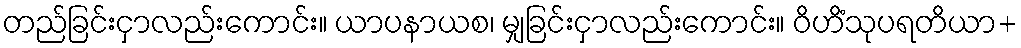
တည်ခြင်းငှာလည်းကောင်း။ ယာပနာယစ၊ မျှခြင်းငှာလည်းကောင်း။ ဝိဟိံသုပရတိယာ+